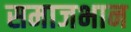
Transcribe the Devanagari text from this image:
समाजभान